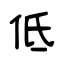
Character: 低